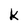
Character: k